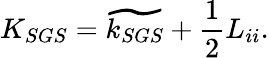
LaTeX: K_{SGS}=\widetilde{k_{SGS}}+\frac{1}{2}L_{ii}.